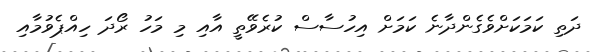
ދަތި ކަމަކަށްވެގެންދާނެ ކަމަށް އިހުސާސް ކުރެވޭތީ އާއި މި މަހު ރޯދަ ހިއްޕެވުމާއި